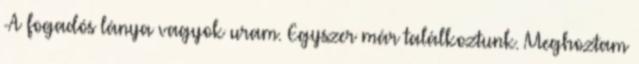
-A fogadós lánya vagyok uram. Egyszer már találkoztunk. Meghoztam